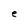
Character: e